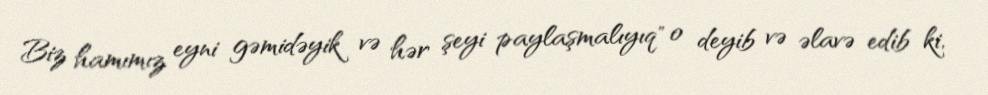
Biz hamımız eyni gəmidəyik və hər şeyi paylaşmalıyıq" o deyib və əlavə edib ki,